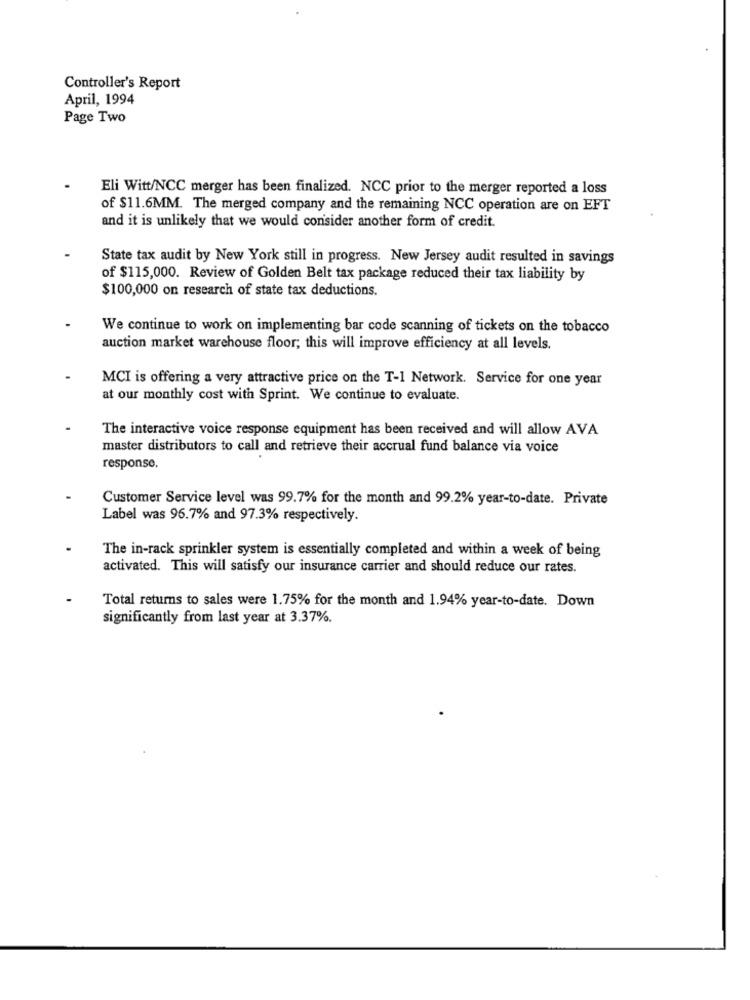
Controller's Report
April, 1994
Page Two
Eli Witt/NCC merger has been finalized. NCC prior to the merger reported a loss
of $11.6MM. The merged company and the remaining NCC operation are on EFT
and it is unlikely that we would consider another form of credit.
State tax audit by New York still in progress. New Jersey audit resulted in savings
of $115,000. Review of Golden Belt tax package reduced their tax liability by
$100,000 on research of state tax deductions.
We continue to work on implementing bar code scanning of tickets on the tobacco
auction market warehouse floor; this will improve efficiency at all levels.
MCI is offering a very attractive price on the T-I Network. Service for one year
at our monthly cost with Sprint. We continue to evaluate.
The interactive voice response equipment has been received and will allow AVA
master distributors to call and retrieve their accrual fund balance via voice
response.
Customer Service level was 99.7% for the month and 99.2% year-to-date. Private
Label was 96.7% and 97.3% respectively.
The in-rack sprinkler system is essentially completed and within a week of being
activated. This will satisfy our insurance carrier and should reduce our rates.
Total returns to sales were 1.75% for the month and 1.94% year-to-date. Down
significantly from last year at 3.37%.